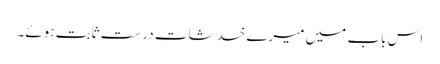
اس باب میں میرے خدشات درست ثابت ہوئے۔